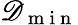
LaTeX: \mathscr{D}_{\mathrm{{~m~i~n~}}}